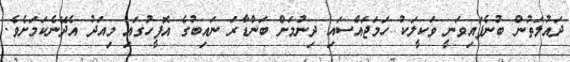
ދައުލަތުން ބުނެފައިވަނީ ވަކީލަކު ހަމަޖައްސައި ދިނުމަށް ބަންޑާރަ ނައިބުގެ އޮފީހުގައި މިއަދު އެދޭނެކަމަށެވެ.